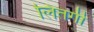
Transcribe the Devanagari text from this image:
लितर्गी